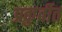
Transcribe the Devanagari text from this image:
प्रकुर्वीत